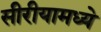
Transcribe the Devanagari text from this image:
सीरीयामध्ये